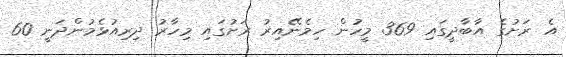
އެ ރަށުގެ އާބާދީގައި 369 މީހުން ހިމެނޭއިރު ރަށުގައި މިހާރު ދިރިއުޅެމުންދަނީ 60